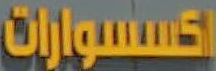
اكسسوارات